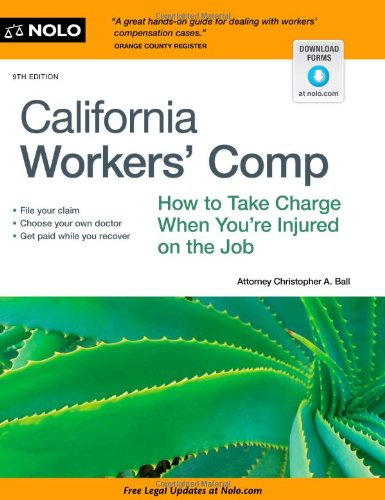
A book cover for California Workers' Comp: How To Take Charge When You're Injured On The Job; Christopher Ball Attorney; Law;